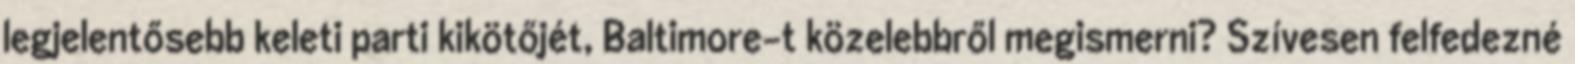
legjelentősebb keleti parti kikötőjét, Baltimore-t közelebbről megismerni? Szívesen felfedezné